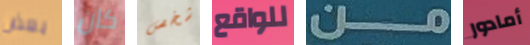
بعض كان شخص للواقع من أمادور